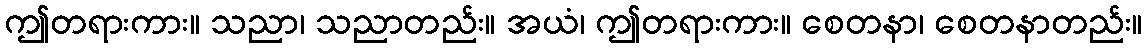
ဤတရားကား။ သညာ၊ သညာတည်း။ အယံ၊ ဤတရားကား။ စေတနာ၊ စေတနာတည်း။